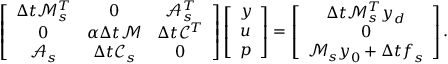
\left[ \begin{array} { c c c } { \Delta t \mathcal { M } _ { s } ^ { T } } & { 0 } & { \mathcal { A } _ { s } ^ { T } } \\ { 0 } & { \alpha \Delta t \mathcal { M } } & { \Delta t \mathcal { C } ^ { T } } \\ { \mathcal { A } _ { s } } & { \Delta t \mathcal { C } _ { s } } & { 0 } \end{array} \right] \left[ \begin{array} { l } { \boldsymbol { y } } \\ { \boldsymbol { u } } \\ { \boldsymbol { p } } \end{array} \right] = \left[ \begin{array} { c } { \Delta t \mathcal { M } _ { s } ^ { T } \boldsymbol { y } _ { d } } \\ { 0 } \\ { \mathcal { M } _ { s } \boldsymbol { y } _ { 0 } + \Delta t \boldsymbol { f } _ { s } } \end{array} \right] .